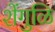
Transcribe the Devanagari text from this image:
शेंगुळि